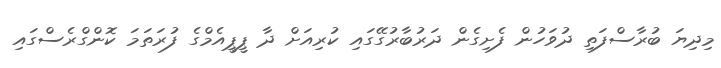
މިދިޔަ ބުރާސްފަތި ދުވަހުން ފެށިގެން ދަރުބާރުގޭގައި ކުރިއަށް ދާ ޕީޕީއެމްގެ ފުރަތަމަ ކޮންގްރެސްގައި